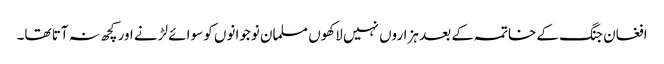
افغان جنگ کے خاتمہ کے بعد ہزاروں نہیں لاکھوں مسلمان نوجوانوں کو سوائے لڑنے اور کچھ نہ آتا تھا۔